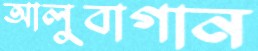
আলুবাগান